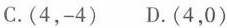
C.(4，-4) D.(4，0)